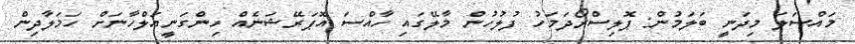
މައްސަލަ މިދަނީ ބަލަމުން: ޕޮލިސްރޯދަމަހު ފުލުހުން މާލޭގައި ހާއްސަ އޮޕަރޭޝަނެއް ހިންގަނީއަލްހާނަށް ހަމަލާދިން